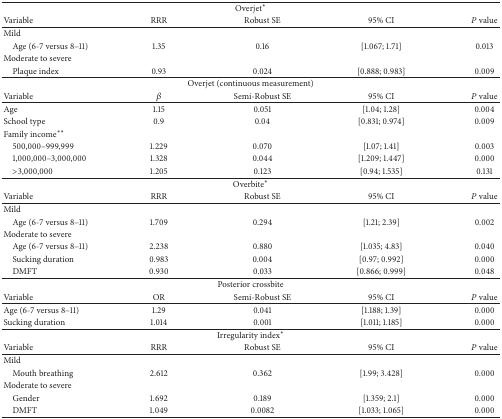
<table><thead><tr><td colspan="5"><b>Overjet<sup>*</sup></b></td></tr><tr><td><b>Variable</b></td><td><b>RRR</b></td><td><b>Robust SE</b></td><td><b>95% CI</b></td><td><b><i>P</i> value</b></td></tr></thead><tbody><tr><td>Mild</td><td> </td><td> </td><td> </td><td> </td></tr><tr><td> Age (6-7 versus 8–11)</td><td>1.35</td><td>0.16</td><td>[1.067; 1.71]</td><td>0.013</td></tr><tr><td>Moderate to severe</td><td> </td><td> </td><td> </td><td> </td></tr><tr><td> Plaque index</td><td>0.93</td><td>0.024</td><td>[0.888; 0.983] </td><td>0.009</td></tr><tr><td colspan="5">Overjet (continuous measurement)</td></tr><tr><td>Variable</td><td><i>β</i></td><td>Semi-Robust SE</td><td>95% CI</td><td><i>P</i> value</td></tr><tr><td>Age</td><td>1.15</td><td>0.051</td><td>[1.04; 1.28]</td><td>0.004</td></tr><tr><td>School type</td><td>0.9</td><td>0.04</td><td>[0.831; 0.974] </td><td>0.009</td></tr><tr><td>Family income<sup>**</sup></td><td> </td><td> </td><td> </td><td> </td></tr><tr><td> 500,000–999,999</td><td>1.229</td><td>0.070</td><td>[1.07; 1.41]</td><td>0.003</td></tr><tr><td> 1,000,000–3,000,000</td><td>1.328</td><td>0.044</td><td>[1.209; 1.447]</td><td>0.000</td></tr><tr><td> &gt;3,000,000</td><td>1.205</td><td>0.123</td><td>[0.94; 1.535] </td><td>0.131</td></tr><tr><td colspan="5">Overbite<sup>*</sup></td></tr><tr><td>Variable</td><td>RRR</td><td>Robust SE</td><td>95% CI</td><td><i>P</i> value</td></tr><tr><td>Mild</td><td> </td><td> </td><td> </td><td> </td></tr><tr><td> Age (6-7 versus 8–11)</td><td>1.709</td><td>0.294</td><td>[1.21; 2.39]</td><td>0.002</td></tr><tr><td>Moderate to severe</td><td> </td><td> </td><td> </td><td> </td></tr><tr><td> Age (6-7 versus 8–11)</td><td>2.238</td><td>0.880</td><td>[1.035; 4.83]</td><td>0.040</td></tr><tr><td> Sucking duration</td><td>0.983</td><td>0.004</td><td>[0.97; 0.992]</td><td>0.000</td></tr><tr><td> DMFT</td><td>0.930</td><td>0.033</td><td>[0.866; 0.999]</td><td>0.048</td></tr><tr><td colspan="5">Posterior crossbite</td></tr><tr><td>Variable</td><td>OR</td><td>Semi-Robust SE</td><td>95% CI</td><td><i>P</i> value</td></tr><tr><td>Age (6-7 versus 8–11)</td><td>1.29</td><td>0.041</td><td>[1.188; 1.39]</td><td>0.000</td></tr><tr><td>Sucking duration</td><td>1.014</td><td>0.001</td><td>[1.011; 1.185]</td><td>0.000</td></tr><tr><td colspan="5">Irregularity index<sup>*</sup></td></tr><tr><td>Variable</td><td>RRR</td><td>Robust SE</td><td>95% CI</td><td><i>P</i> value</td></tr><tr><td>Mild</td><td> </td><td> </td><td> </td><td> </td></tr><tr><td> Mouth breathing</td><td>2.612</td><td>0.362</td><td>[1.99; 3.428]</td><td>0.000</td></tr><tr><td>Moderate to severe</td><td> </td><td> </td><td> </td><td> </td></tr><tr><td> Gender</td><td>1.692</td><td>0.189</td><td>[1.359; 2.1]</td><td>0.000</td></tr><tr><td> DMFT</td><td>1.049</td><td>0.0082</td><td>[1.033; 1.065]</td><td>0.000</td></tr></tbody></table>